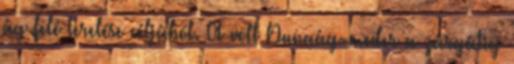
ág felé terelése céljából. A volt Dunaág-meder a zárgátig